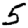
Digit: 5